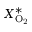
X _ { \mathrm { O _ { 2 } } } ^ { * }